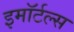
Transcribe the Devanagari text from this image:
इमॉर्टल्स